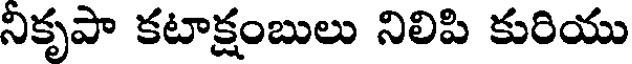
నికృపా కటాక్షంబులు నిలిపి కురియు